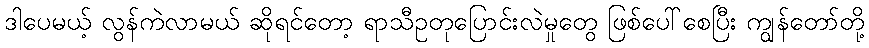
ဒါပေမယ့် လွန်ကဲလာမယ် ဆိုရင်တော့ ရာသီဥတုပြောင်းလဲမှုတွေ ဖြစ်ပေါ်စေပြီး ကျွန်တော်တို့